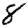
Digit: 8